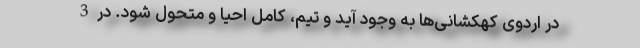
در اردوی کهکشانی‌ها به وجود آید و تیم، کامل احیا و متحول شود. در 3